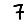
Digit: 7